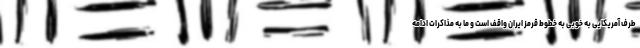
طرف آمریکایی به خوبی به خطوط قرمز ایران واقف است و ما به مذاکرات ادامه